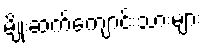
မျိုးဆက်ကျောင်းသားများ